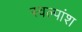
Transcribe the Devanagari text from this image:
स्वल्पांश